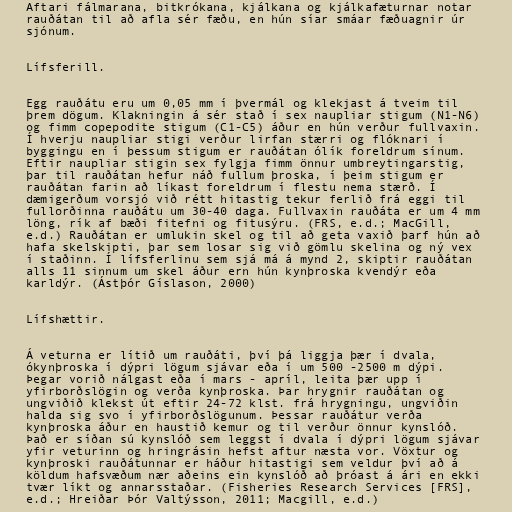
Aftari fálmarana, bitkrókana, kjálkana og kjálkafæturnar notar
rauðátan til að afla sér fæðu, en hún síar smáar fæðuagnir úr
sjónum.

Lífsferill.

Egg rauðátu eru um 0,05 mm í þvermál og klekjast á tveim til
þrem dögum. Klakningin á sér stað í sex naupliar stigum (N1-N6)
og fimm copepodite stigum (C1-C5) áður en hún verður fullvaxin.
Í hverju naupliar stigi verður lirfan stærri og flóknari í
byggingu en í þessum stigum er rauðátan ólík foreldrum sínum.
Eftir naupliar stigin sex fylgja fimm önnur umbreytingarstig,
þar til rauðátan hefur náð fullum þroska, í þeim stigum er
rauðátan farin að líkast foreldrum í flestu nema stærð. Í
dæmigerðum vorsjó við rétt hitastig tekur ferlið frá eggi til
fullorðinna rauðátu um 30-40 daga. Fullvaxin rauðáta er um 4 mm
löng, rík af bæði fitefni og fitusýru. (FRS, e.d.; MacGill,
e.d.) Rauðátan er umlukin skel og til að geta vaxið þarf hún að
hafa skelskipti, þar sem losar sig við gömlu skelina og ný vex
í staðinn. Í lífsferlinu sem sjá má á mynd 2, skiptir rauðátan
alls 11 sinnum um skel áður ern hún kynþroska kvendýr eða
karldýr. (Ástþór Gíslason, 2000)

Lífshættir.

Á veturna er lítið um rauðáti, því þá liggja þær í dvala,
ókynþroska í dýpri lögum sjávar eða í um 500 -2500 m dýpi.
Þegar vorið nálgast eða í mars - apríl, leita þær upp í
yfirborðslögin og verða kynþroska. Þar hrygnir rauðátan og
ungviðið klekst út eftir 24-72 klst. frá hrygningu, ungviðin
halda sig svo í yfirborðslögunum. Þessar rauðátur verða
kynþroska áður en haustið kemur og til verður önnur kynslóð.
Það er síðan sú kynslóð sem leggst í dvala í dýpri lögum sjávar
yfir veturinn og hringrásin hefst aftur næsta vor. Vöxtur og
kynþroski rauðátunnar er háður hitastigi sem veldur því að á
köldum hafsvæðum nær aðeins ein kynslóð að þróast á ári en ekki
tvær líkt og annarsstaðar. (Fisheries Research Services [FRS],
e.d.; Hreiðar Þór Valtýsson, 2011; Macgill, e.d.)